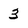
Character: 3